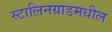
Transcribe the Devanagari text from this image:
स्टालिनग्राडमधील